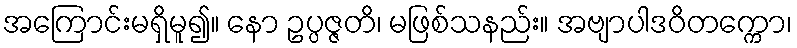
အကြောင်းမရှိမူ၍။ နော ဥပ္ပဇ္ဇတိ၊ မဖြစ်သနည်း။ အဗျာပါဒဝိတက္ကော၊